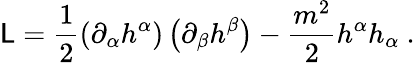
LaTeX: \mathsf{L}=\frac{{1}}{{2}}\left(\partial_{\alpha}h^{\alpha}\right)\left(\partial_{\beta}h^{\beta}\right)-\frac{{m^{2}}}{{2}}h^{\alpha}h_{\alpha}\ .